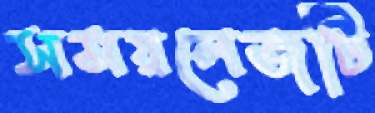
সময়লেজটি